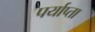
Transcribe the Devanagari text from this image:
पर्याप्ता